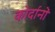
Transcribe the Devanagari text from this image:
कोर्दानों